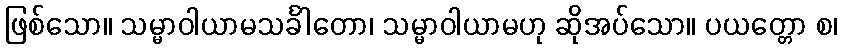
ဖြစ်သော။ သမ္မာဝါယာမသင်္ခါတော၊ သမ္မာဝါယာမဟု ဆိုအပ်သော။ ပယတ္တော စ၊